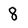
Character: 8